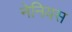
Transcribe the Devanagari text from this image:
नेनियस